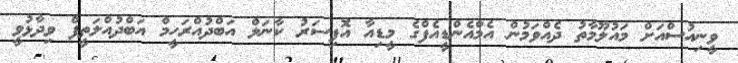
ވީނިއުސްއަށް މައުލޫމާތު ދެއްވަމުން އެމްއެންޑީއެފްގެ މީޑިއާ އޮފިސަރު ކާނަލް އަބްދުއްރަހީމް އަބްދުއްލަތީފް ވިދާޅުވީ